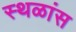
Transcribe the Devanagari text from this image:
स्थळांस